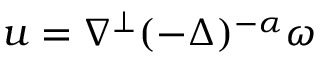
u = \nabla ^ { \perp } ( - \Delta ) ^ { - \alpha } \omega